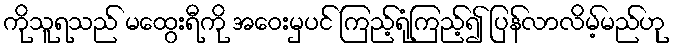
ကိုသူရသည် မထွေးရီကို အဝေးမှပင် ကြည့်ရုံကြည့်၍ ပြန်လာလိမ့်မည်ဟု